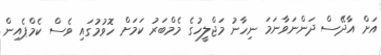
އަށް އާދޭސް ދަންނަވާނަމަ ނިހާނު މަޖްލީހުގެ މެމްބަރު ކަމަށް ހޮވުމުގައި ވެސް ކެމްޕެއިން